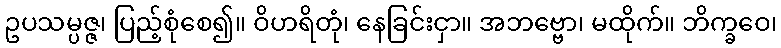
ဥပသမ္ပဇ္ဇ၊ ပြည့်စုံစေ၍။ ဝိဟရိတုံ၊ နေခြင်းငှာ။ အဘဗ္ဗော၊ မထိုက်။ ဘိက္ခဝေ၊